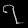
Digit: ၇